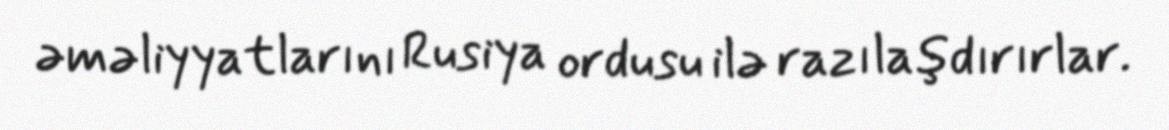
əməliyyatlarını Rusiya ordusu ilə razılaşdırırlar.